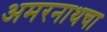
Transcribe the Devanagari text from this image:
अमरनाथचा